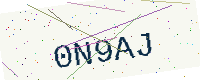
Text: 0N9AJ